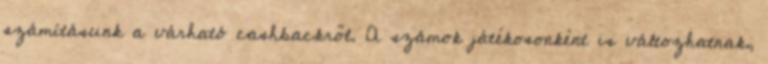
számításunk a várható cashbackről. A számok játékosonként is változhatnak,